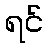
ရင်